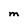
Character: M